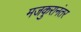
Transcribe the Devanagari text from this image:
मजकुरानंतर